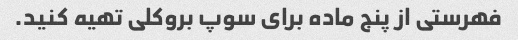
فهرستی از پنج ماده برای سوپ بروکلی تهیه کنید.